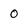
Character: 0